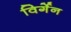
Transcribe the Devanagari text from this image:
विर्गेन